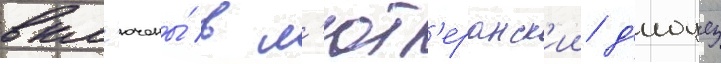
вкл'ючены́ в л'ют'еранск'ии д'иоцез